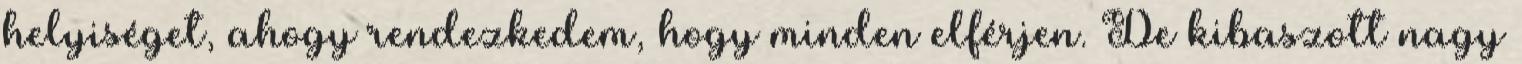
helyiséget, ahogy rendezkedem, hogy minden elférjen. De kibaszott nagy